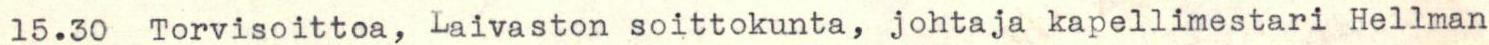
15.30 Torvisoittoa, Laivaston soittokunta, johtaja kapellimestari Hellman